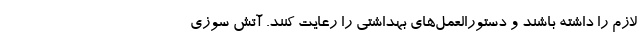
لازم را داشته باشند و دستورالعمل‌های بهداشتی را رعایت کنند. آتش سوزی